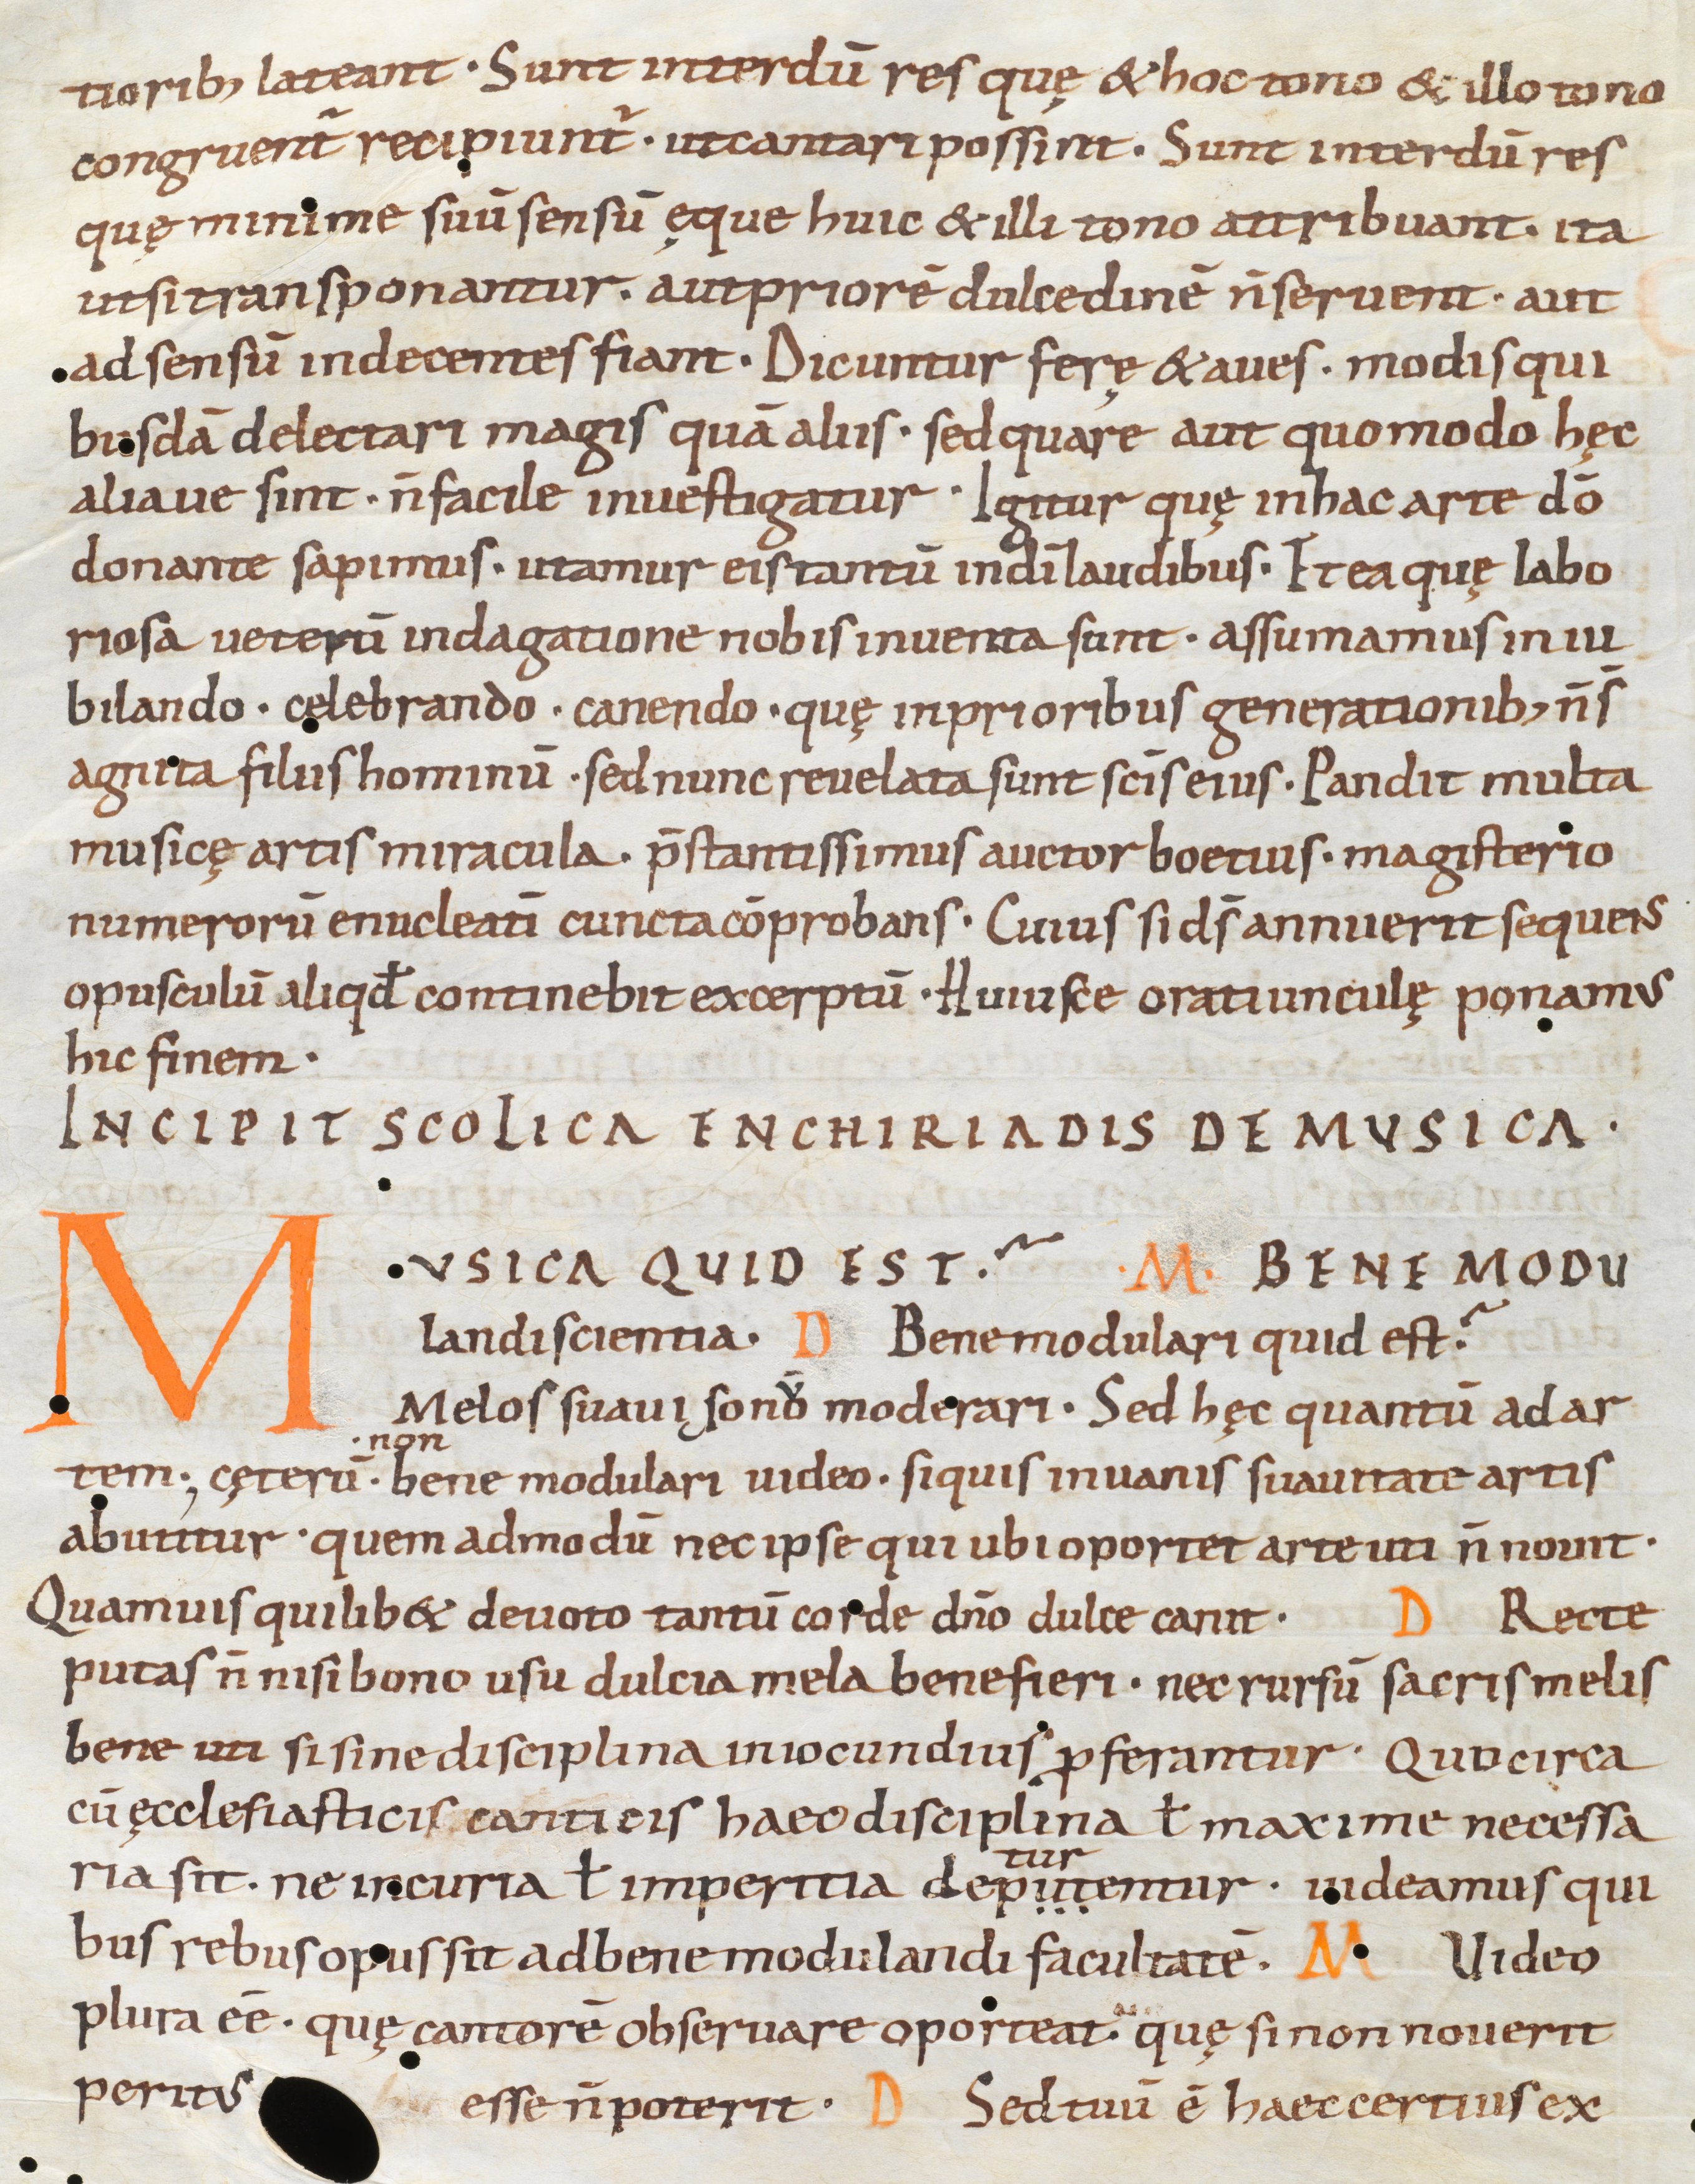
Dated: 975–999